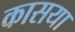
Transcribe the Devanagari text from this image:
कासया